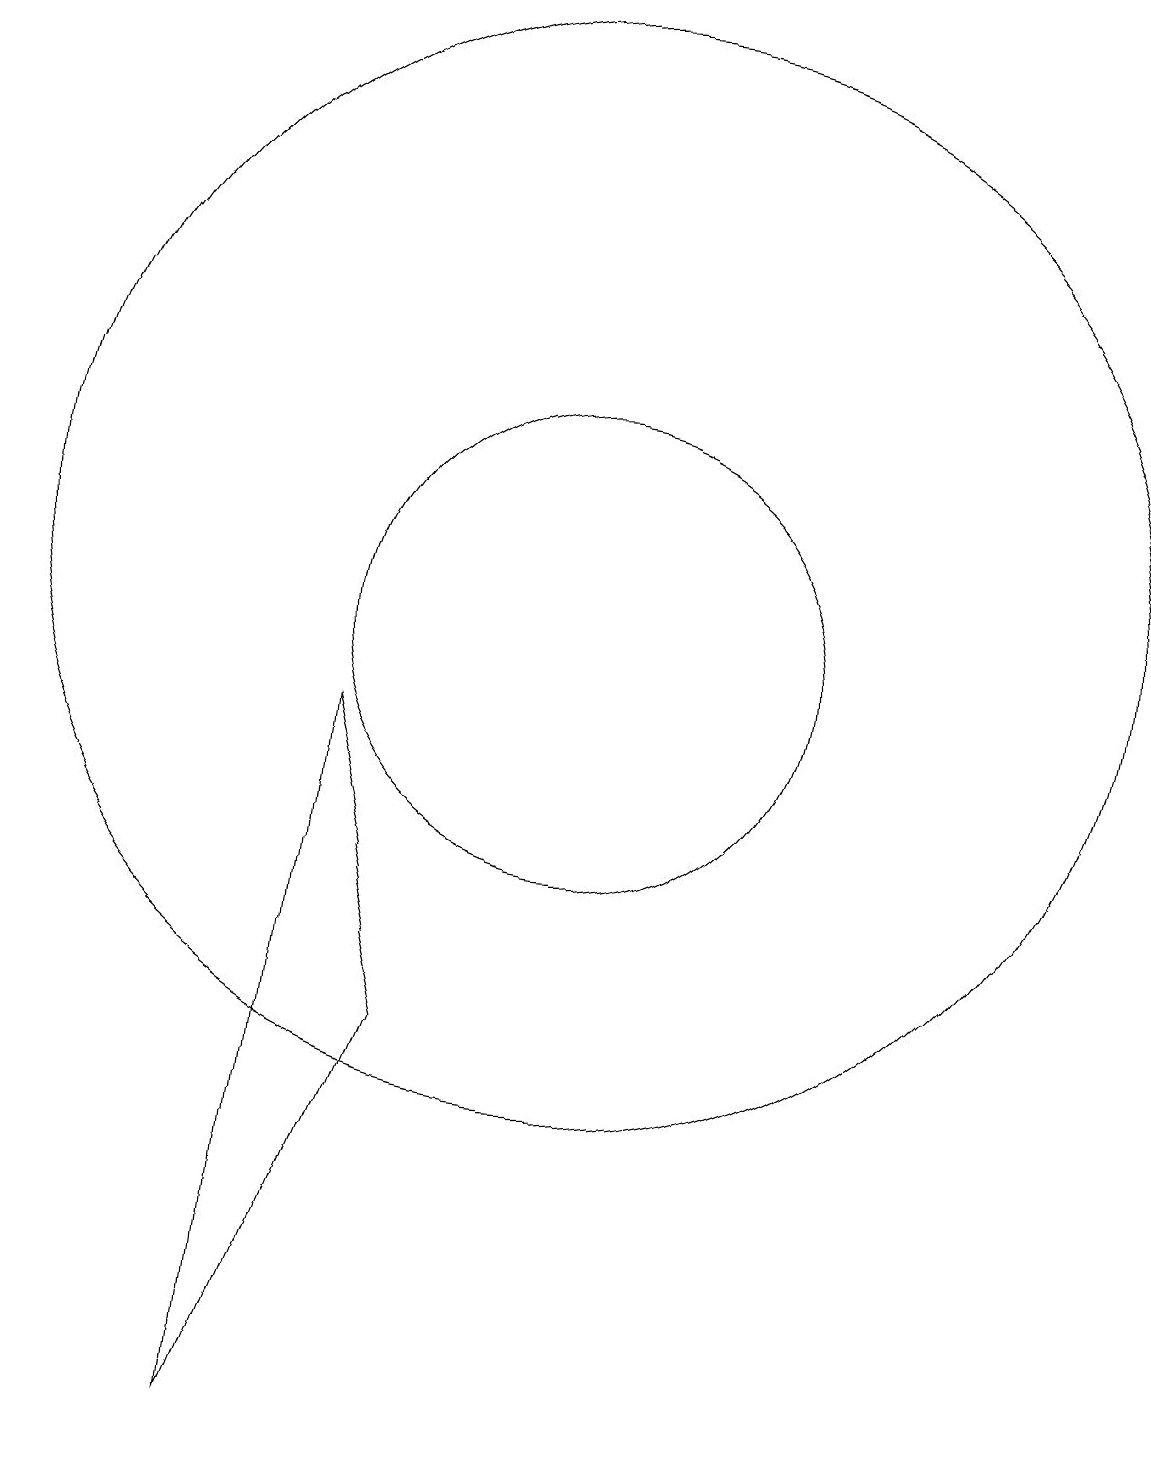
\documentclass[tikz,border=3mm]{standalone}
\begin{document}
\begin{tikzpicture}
\draw (10,11) circle (7);
\draw (6,0) -- (7,9) -- (8,5) -- cycle;
\draw (10,10) circle (3);
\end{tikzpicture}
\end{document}